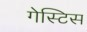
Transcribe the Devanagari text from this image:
गेस्टिस